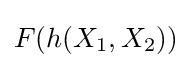
F(h(X_{1},X_{2}))